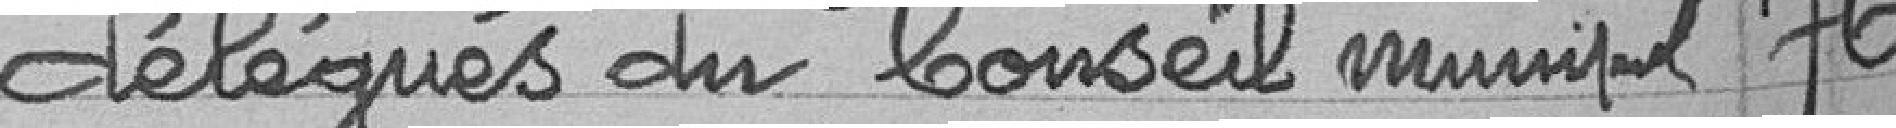
délégués du Conseil municipal 76